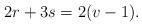
LaTeX: \begin{align*} 2r+3s=2(v-1). \end{align*}